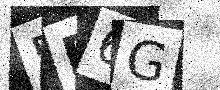
Text: 5F6G